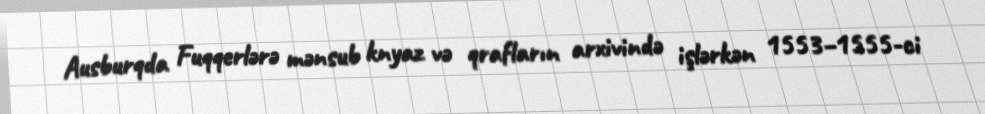
Ausburqda Fuqqerlərə mənsub knyaz və qrafların arxivində işlərkən 1553–1555-ci